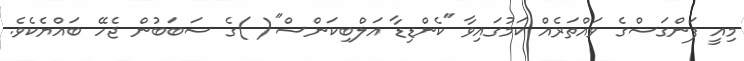
މިއީ ފަންގަސްގެ ވައްތަރެއް ކަމުގައިވާ ''ކެންޑިޑާ އަލްބިކަންސް''( )ގެ ސަބަބުން ޖެހޭ ބައްޔެކެވެ.